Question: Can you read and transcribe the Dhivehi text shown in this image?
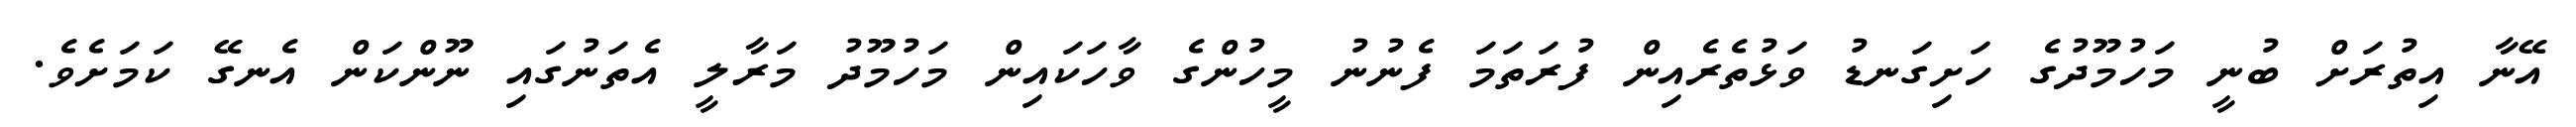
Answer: އޭނާ އިތުރަށް ބުނީ މަހުމޫދުގެ ހަށިގަނޑު ވަޅުތެރެއިން ފުރަތަމަ ފެނުނު މީހުންގެ ވާހަކައިން މަހުމޫދު މަރާލީ އެތަނުގައި ނޫންކަން އެނގޭ ކަމަށެވެ.